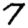
Digit: 7